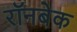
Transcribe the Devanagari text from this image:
रॉनबेक